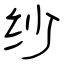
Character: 纱